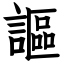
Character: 謳